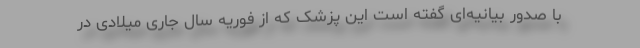
با صدور بیانیه‌ای گفته است این پزشک که از فوریه سال جاری میلادی در